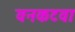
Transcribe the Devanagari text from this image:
वनकटवा